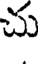
చు